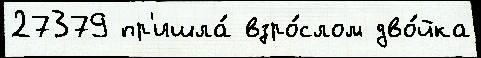
27379 пр'ишла́ взро́слом дво́йка